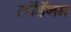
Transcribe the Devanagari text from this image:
लॉडॅनम